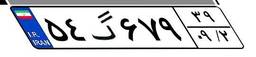
۵۴گ۶۷۹۳۹